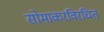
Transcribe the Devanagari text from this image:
सोमाकरविरचित